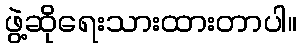
ဖွဲ့ဆိုရေးသားထားတာပါ။